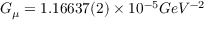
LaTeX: G _ { \mu } = 1 . 1 6 6 3 7 ( 2 ) \times 1 0 ^ { - 5 } G e V ^ { - 2 }